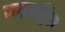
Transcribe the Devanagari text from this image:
नाइतट्रिक